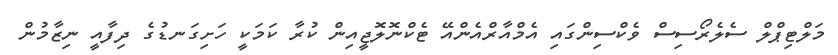
މަލްޓިޕްލް ސެލެރޯސިސް ވެކްސިންގައި އެމްއާރްއެންއޭ ޓެކްނޮލޮޖީއިން ކުރާ ކަމަކީ ހަށިގަނޑުގެ ދިފާއީ ނިޒާމުން